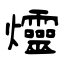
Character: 爧